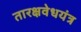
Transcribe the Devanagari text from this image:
तारक्षवेधयंत्र